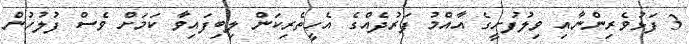
3 ފަޅުވެރިންނާއި ވިލުފުށީގެ އާއްމު ފަރުދެއްގެ އެހީތެރިކަން ލިބިފައިވާ ކަމަށް ވެސް ފުލުހުން